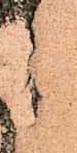
候